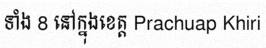
ទាំង 8 នៅក្នុងខេត្ត Prachuap Khiri